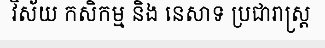
វិស័យ កសិកម្ម និង នេសាទ ប្រជារាស្ត្រ